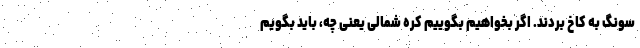
سونگ به کاخ بردند. اگر بخواهیم بگوییم کره شمالی یعنی چه، باید بگویم